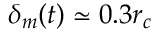
\delta _ { m } ( t ) \simeq 0 . 3 r _ { c }